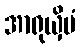
အာရုယှိမံ